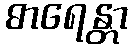
ဓာရေန္တာ